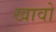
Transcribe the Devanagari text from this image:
खावो